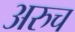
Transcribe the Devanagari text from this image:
अरुच